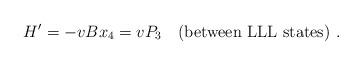
LaTeX: \begin{align*}H' = -v B x_4 = v P_3\quad (\mbox{between LLL states})\ .\end{align*}